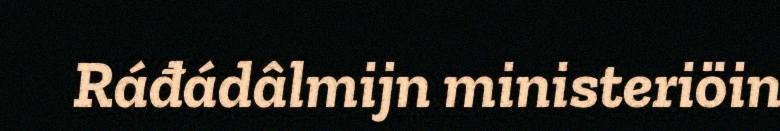
Ráđádâlmijn ministeriöin